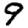
Digit: 9